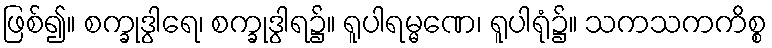
ဖြစ်၍။ စက္ခုဒွါရေ၊ စက္ခုဒွါရ၌။ ရူပါရမ္မဏေ၊ ရူပါရုံ၌။ သကသကကိစ္စ